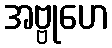
အဗ္ဗုဟေ